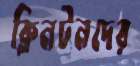
ক্লিনটনদের